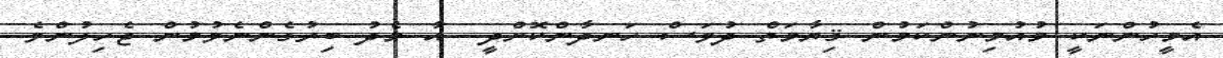
އެމީހުންނަކީ މުއުމިނުންކަމުން ޤިޔާމަތް ދުވަސް ހަނދާންކޮށްދީ  އާ މެދު ބިރުގެންނެވުމުން ޖެހިލުންވެ